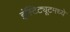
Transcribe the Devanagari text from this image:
इंस्टिट्यूटमध्ये